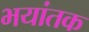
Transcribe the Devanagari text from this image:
भयांतक